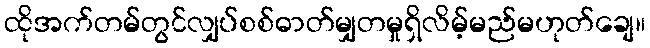
ထိုအက်တမ်တွင်လျှပ်စစ်ဓာတ်မျှတမှုရှိလိမ့်မည်မဟုတ်ချေ။